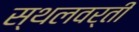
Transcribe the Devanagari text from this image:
स्थलवर्ती